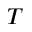
T